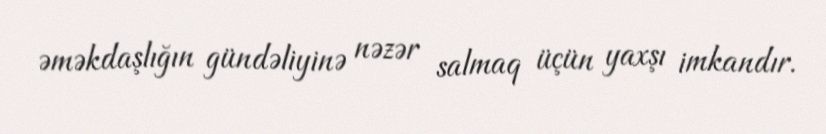
əməkdaşlığın gündəliyinə nəzər salmaq üçün yaxşı imkandır.